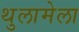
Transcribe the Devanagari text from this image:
थुलामेला